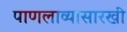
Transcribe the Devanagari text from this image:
पाणलाव्यासारखी